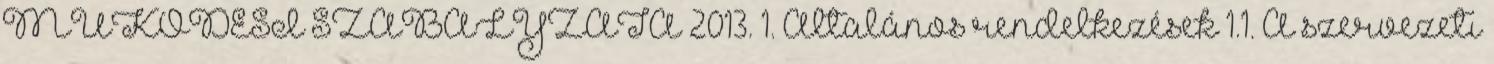
MŰKÖDÉSI SZABÁLYZATA 2013. 1. Általános rendelkezések 1.1. A szervezeti